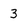
Character: 3